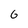
Character: G